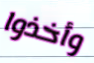
وأخذوا